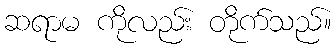
ဆရာမ ကိုလည်း တိုက်သည်။